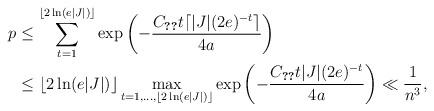
LaTeX: \begin{align*}p&\leq \sum_{t=1}^{\lfloor 2\ln(e|J|)\rfloor} \exp\left(-\frac{C_{\ref{l: pl on sqrt d scale}}t\lceil |J|(2e)^{-t}\rceil}{4a}\right)\\&\leq \lfloor 2\ln(e|J|)\rfloor\max_{t=1,\ldots, \lfloor 2\ln(e|J|)\rfloor} \exp\left(-\frac{C_{\ref{l: pl on sqrt d scale}}t |J|(2e)^{-t}}{4a}\right)\ll \frac{1}{n^3},\end{align*}